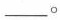
___。